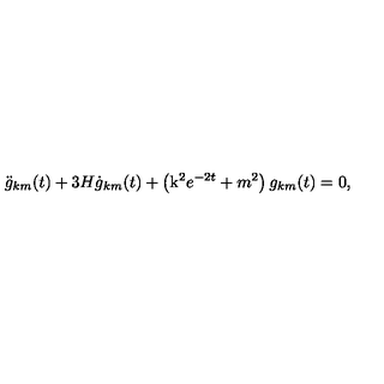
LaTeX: \ddot { g } _ { k m } ( t ) + 3 H \dot { g } _ { k m } ( t ) + \left( \mathrm { \boldmath k } ^ { 2 } e ^ { - 2 t } + m ^ { 2 } \right) g _ { k m } ( t ) = 0 ,